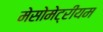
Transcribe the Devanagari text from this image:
मेसोमेट्रीयम